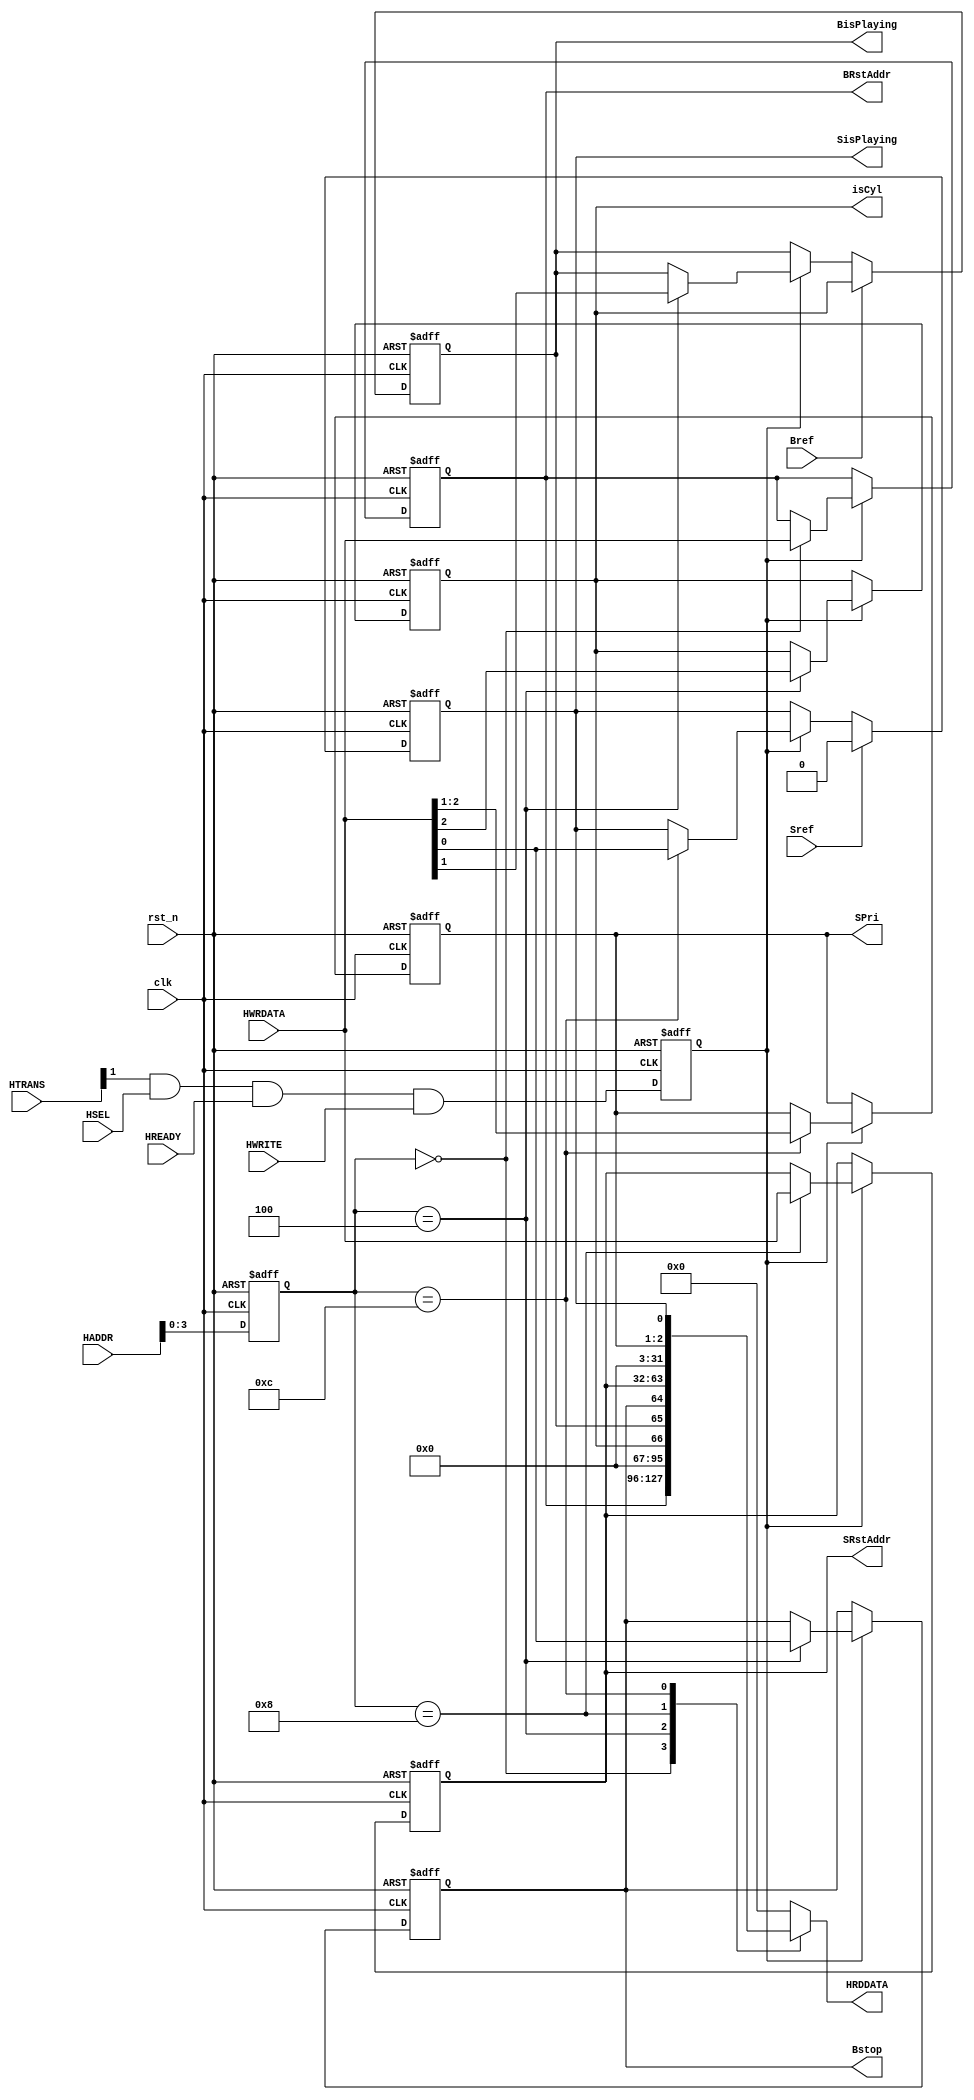
module BDMAC(input wire clk,rst_n,
             input wire HWRITE,HREADY,HSEL,
             input wire Bref,Sref,
             input wire[1:0] HTRANS,
             input wire[31:0] HWRDATA,HADDR,
             output reg[31:0] HRDDATA,
             output reg[31:0] BRstAddr,SRstAddr,
             output reg[1:0] SPri,
             output reg isCyl,BisPlaying,Bstop,SisPlaying);

    reg[31:0] HADDR_Reg;
    reg WriteEnb;

    always @(posedge clk or negedge rst_n) begin
        if(!rst_n)begin
            HADDR_Reg  <= 32'b0;
            WriteEnb   <=     0;

            BRstAddr   <= 32'b0;
            SRstAddr   <= 32'b0;
            SPri       <=  2'b0;
            isCyl      <=     0;
            BisPlaying <=     0;
            Bstop      <=     0;
            SisPlaying <=     0;
        end
        else begin
            HADDR_Reg  <= HADDR;
            WriteEnb   <= HTRANS[1]&HSEL&HREADY&HWRITE;

            if(WriteEnb)begin
                case(HADDR_Reg[3:0])
                    4'h0:begin
                        BRstAddr <= HWRDATA;
                    end
                    4'h4:begin
                        {isCyl,BisPlaying,Bstop} <= HWRDATA[2:0];
                    end
                    4'h8:begin
                        SRstAddr <= HWRDATA;
                    end
                    4'hc:begin
                        {SPri,SisPlaying} <= HWRDATA[2:0];
                    end
                endcase
            end

            if(Bref)begin
                BisPlaying <= isCyl;
            end

            if(Sref)begin
                SisPlaying <= 1'b0;
            end
        end
    end

    always @(*) begin
        case(HADDR_Reg[3:0])
            4'h0:begin
                HRDDATA <= BRstAddr;
            end
            4'h4:begin
                HRDDATA <= {29'b0,isCyl,BisPlaying,Bstop};
            end
            4'h8:begin
                HRDDATA <= SRstAddr;
            end
            4'hc:begin
                HRDDATA <= {29'b0,SPri,SisPlaying};
            end
            default:begin
                HRDDATA <= 32'b0;
            end
        endcase
    end

endmodule